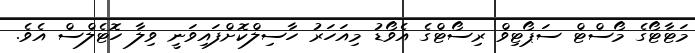
މަޓާޓޯގެ މޯސްޓް ސަޕޯޓިވް ރިސޯޓްގެ އެވޯޑު މިއަހަރު ހާސިލްކޮށްފައިވަނީ ވިލާ ހޮޓެލްސް އެވެ.